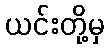
ယင်းတို့မှ